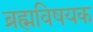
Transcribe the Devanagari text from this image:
ब्रह्मविषयक